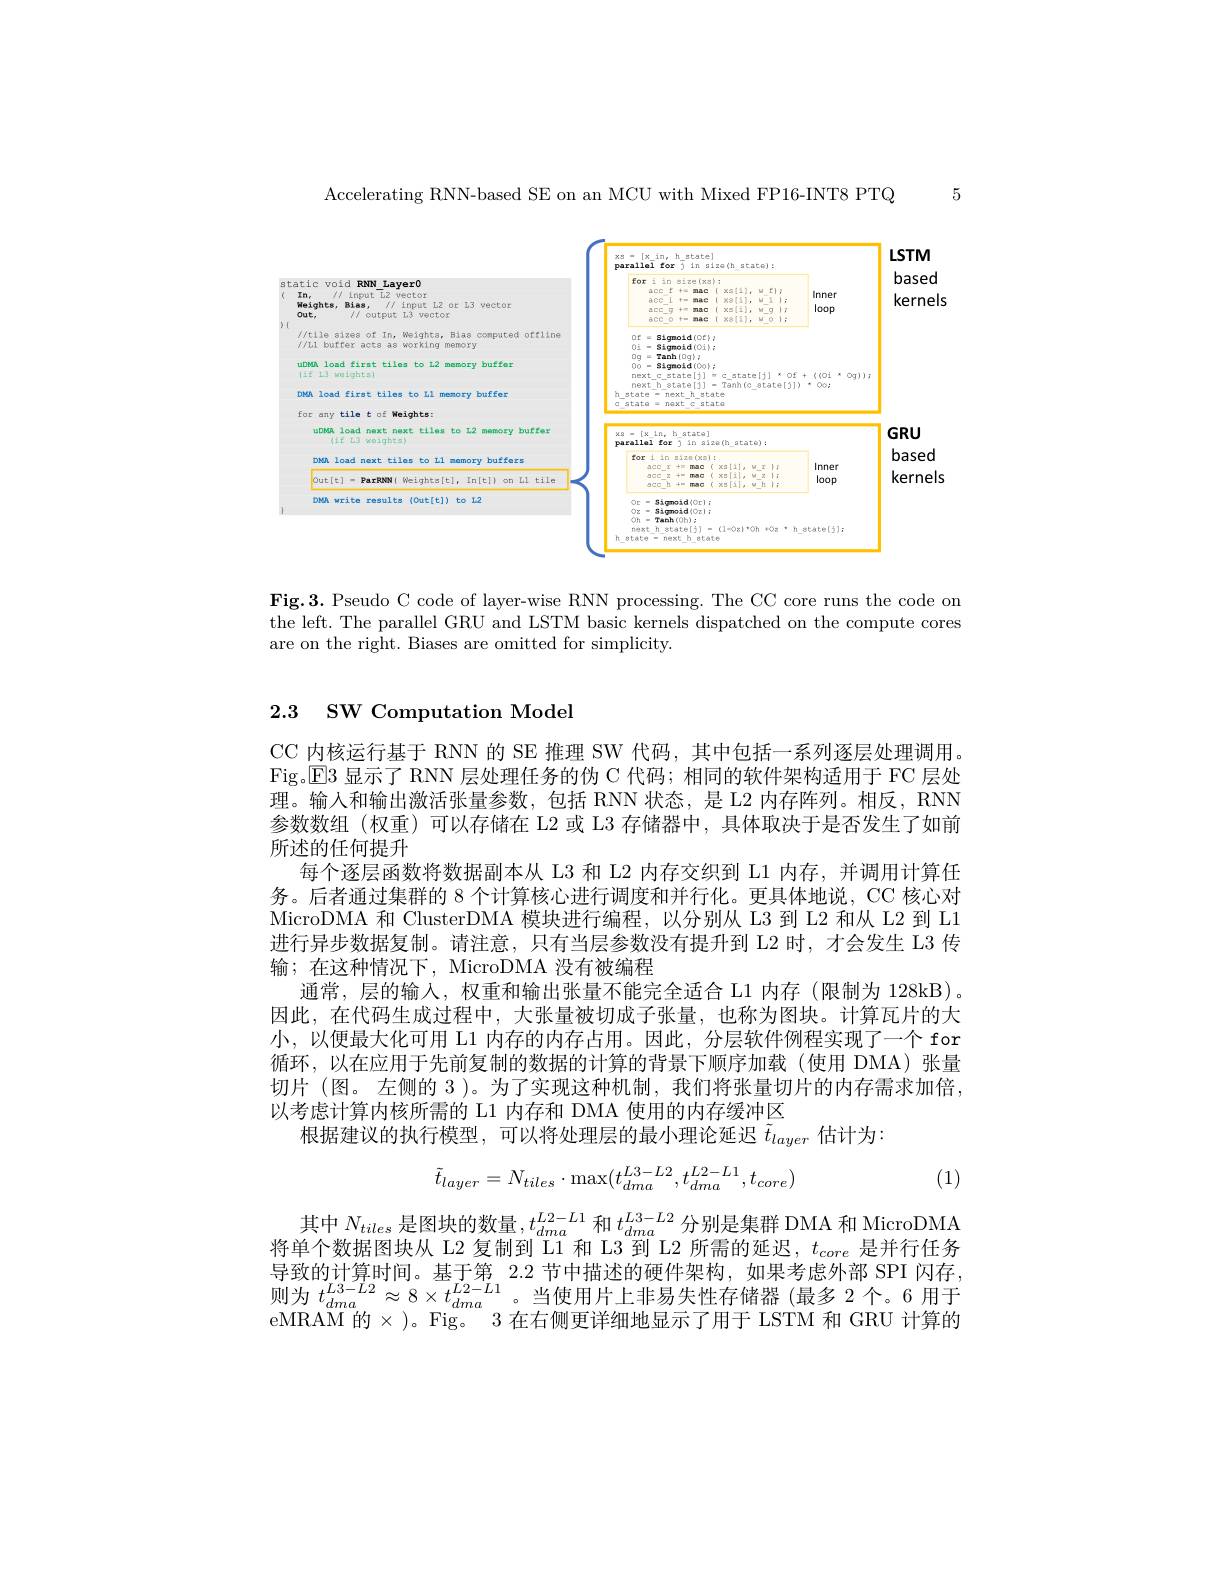
5

Accelerating RNN-based SE on an MCU with Mixed FP16-INT8 PTQ

<FigureHere>

Fig.3. Pseudo C code of layer-wise RNN processing. The CC core runs the code on the left. The parallel GRU and LSTM basic kernels dispatched on the compute cores are on the right. Biases are omitted for simplicity.

# 2.3 SW Computation Model

CC 内核运行基于 RNN 的 SE 推理 SW 代码，其中包括一系列逐层处理调用。Fic El2 目示了 PNN 早外珊任各的份 C 代码：相同的故件 加板活用王 FC 目外Fig。E3 显示了 RNN 层处理任务的伪 C 代码；相同的软件架构适用于 FC 层处理。输入和输出激活张量参数，包括 RNN 状态，是 L2 内存阵列。相反，RNN 参数数组(权重)可以存储在 L2 或 L3 存储器中，具体取决于是否发生了如前所述的任何提升
每个逐层函数将数据副本从 L3 和 L2 内存交织到 L1 内存，并调用计算任务。后者通过集群的 8 个计算核心进行调度和并行化。更具体地说，CC 核心对MicroDMA 和 ClusterDMA 模块进行编程，以分别从 L3 到 L2 和从 L2 到 L1进行异步数据复制。请注意，只有当层参数没有提升到 L2 时，才会发生 L3 传输；在这种情况下，MicroDMA 没有被编程
通常，层的输入，权重和输出张量不能完全适合 L1 内存(限制为 128kB)。因此，在代码生成过程中，大张量被切成子张量，也称为图块。计算瓦片的大小，以便最大化可用 L1 内存的内存占用。因此，分层软件例程实现了一个 for 循环，以在应用于先前复制的数据的计算的背景下顺序加载(使用 DMA)张量切片(图。左侧的 3 )。为了实现这种机制，我们将张量切片的内存需求加倍， 以考虑计算内核所需的 L1 内存和 DMA 使用的内存缓冲区
根据建议的执行模型，可以将处理层的最小理论延迟$\tilde{t}_{layer}$估计为：
$$\tilde{t}_{layer}=N_{tiles}\cdot\max(t_{dma}^{L3-L2},t_{dma}^{L2-L1},t_{core})$$
(1)

其中$N_tiles$是图块的数量$,t_dma^{L2-L1}$和$t_dma^{L3-L2}$分别是集群 DMA 和 MicroDMA 的众数母网地$l$ I2 有制列 T1 和 2 到 T 2 所需故延沿 $t_\text{目并行在多}$ 将单个数据图块从 L2 复制到 L1 和 L3 到 L2 所需的延迟，$t_core$是并行任务导致的计算时间。基于第 2.2 节中描述的硬件架构，如果考虑外部 SPI 闪存， 寺 玫 的 以 异 时 间 。基 」 弟 2.2 门 中 抽 述 的 硬 件 采 构 , 如 宋 兮 忘 外 部 SF1 内 仔 , 则 为 $t_{dma}^{L3- L2}\approx 8\times t_{dma}^{L2- L1}$。当 使 用 片 上 非 易 失 性 存 储 器 ( 最 多 2 个 。6 用 于 eMRAM 的 $\times$ ) 。Fig。 3 在 右 侧 更 详 细 地 显 示 了 用 于 LSTM 和 GRU 计 算 的